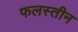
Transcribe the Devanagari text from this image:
फलस्तीन